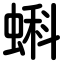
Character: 蝌